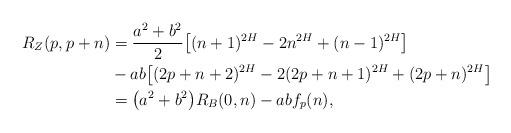
LaTeX: \begin{align*}R_Z(p,p+n) & = \frac{a^2+b^2}{2} \bigl[(n+1)^{2H}-2n^{2H}+ (n-1)^{2H} \bigr] \\&- ab \bigl[ (2p+n+2)^{2H} - 2(2p+n+1)^{2H}+(2p+n)^{2H} \bigr] \\& = \bigl(a^2+b^2\bigr) R_B(0,n) -abf_p(n),\end{align*}